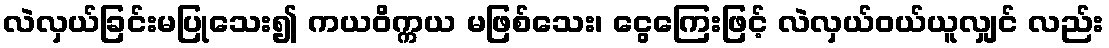
လဲလှယ်ခြင်းမပြုသေး၍ ကယဝိက္ကယ မဖြစ်သေး၊ ငွေကြေးဖြင့် လဲလှယ်ဝယ်ယူလျှင် လည်း